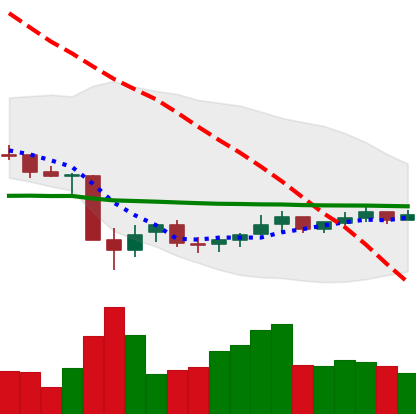
Ticker: NEO-USD
Chart end date: 2021-07-06
Forward return: -7.3%
Label: down_7plus